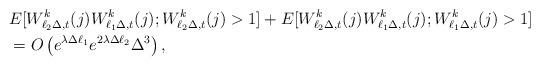
LaTeX: \begin{align*}&E[W^k_{\ell_2\Delta,t}(j)W^k_{\ell_1\Delta,t}(j); W^k_{\ell_2\Delta,t}(j)>1]+E[W^k_{\ell_2\Delta,t}(j)W^k_{\ell_1\Delta,t}(j); W^k_{\ell_1\Delta,t}(j)>1] \\&=O\left(e^{\lambda\Delta \ell_1}e^{2\lambda \Delta\ell_2}\Delta^3\right), \end{align*}